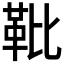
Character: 𩉫